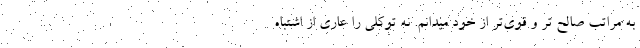
به مراتب صالح تر و قوی‌تر از خود میدانم. نه توکلی را عاری از اشتباه